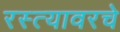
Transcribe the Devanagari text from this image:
रस्त्यावरचे